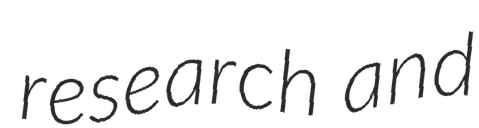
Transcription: research and